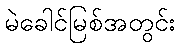
မဲခေါင်မြစ်အတွင်း